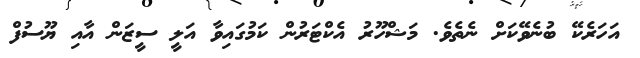
އަހަރެކޭ ބުނެވޭކަށް ނެތެވެ. މަޝްހޫރު އެކްޓަރުން ކަމުގައިވާ އަލީ ސީޒަން އާއި ޔޫސުފް